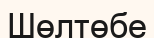
Шөлтөбе